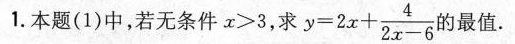
1.本题（1）中，若无条件x>3,求y=2x+\frac{4}{2x-6}的最值.